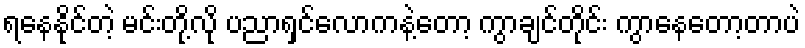
ရနေနိုင်တဲ့ မင်းတို့လို ပညာရှင်လောကနဲ့တော့ ကွာချင်တိုင်း ကွာနေတော့တာပဲ